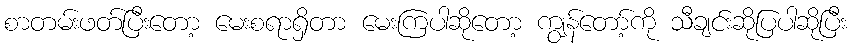
စာတမ်းဖတ်ပြီးတော့ မေးစရာရှိတာ မေးကြပါဆိုတော့ ကျွန်တော့်ကို သီချင်းဆိုပြပါဆိုပြီး